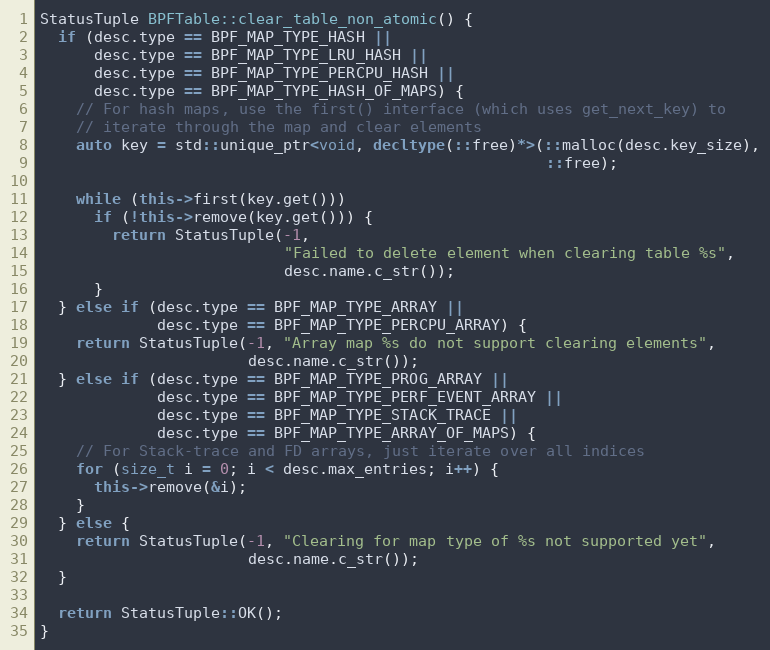
Language: C++
StatusTuple BPFTable::clear_table_non_atomic() {
  if (desc.type == BPF_MAP_TYPE_HASH ||
      desc.type == BPF_MAP_TYPE_LRU_HASH ||
      desc.type == BPF_MAP_TYPE_PERCPU_HASH ||
      desc.type == BPF_MAP_TYPE_HASH_OF_MAPS) {
    // For hash maps, use the first() interface (which uses get_next_key) to
    // iterate through the map and clear elements
    auto key = std::unique_ptr<void, decltype(::free)*>(::malloc(desc.key_size),
                                                        ::free);

    while (this->first(key.get()))
      if (!this->remove(key.get())) {
        return StatusTuple(-1,
                           "Failed to delete element when clearing table %s",
                           desc.name.c_str());
      }
  } else if (desc.type == BPF_MAP_TYPE_ARRAY ||
             desc.type == BPF_MAP_TYPE_PERCPU_ARRAY) {
    return StatusTuple(-1, "Array map %s do not support clearing elements",
                       desc.name.c_str());
  } else if (desc.type == BPF_MAP_TYPE_PROG_ARRAY ||
             desc.type == BPF_MAP_TYPE_PERF_EVENT_ARRAY ||
             desc.type == BPF_MAP_TYPE_STACK_TRACE ||
             desc.type == BPF_MAP_TYPE_ARRAY_OF_MAPS) {
    // For Stack-trace and FD arrays, just iterate over all indices
    for (size_t i = 0; i < desc.max_entries; i++) {
      this->remove(&i);
    }
  } else {
    return StatusTuple(-1, "Clearing for map type of %s not supported yet",
                       desc.name.c_str());
  }

  return StatusTuple::OK();
}